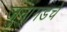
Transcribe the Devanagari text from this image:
जुनागडचे